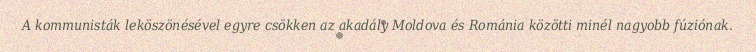
A kommunisták leköszönésével egyre csökken az akadály Moldova és Románia közötti minél nagyobb fúziónak.